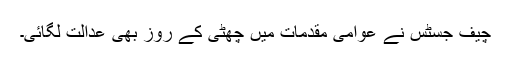
چیف جسٹس نے عوامی مقدمات میں چھٹی کے روز بھی عدالت لگائی۔